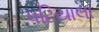
પટિયાલા